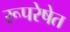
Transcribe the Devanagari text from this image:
रूपरेषेत